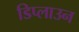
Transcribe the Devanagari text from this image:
डिप्लाउन